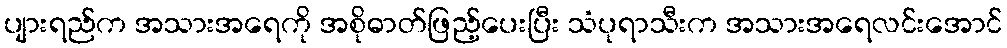
ပျားရည်က အသားအရေကို အစိုဓာတ်ဖြည့်ပေးပြီး သံပုရာသီးက အသားအရေလင်းအောင်